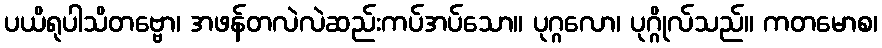
ပယိရုပါသိတဗ္ဗော၊ အဖန်တလဲလဲဆည်းကပ်အပ်သော။ ပုဂ္ဂလော၊ ပုဂ္ဂိုလ်သည်။ ကတမောစ၊